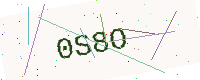
Text: 0S8O